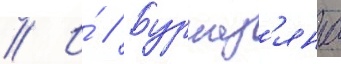
// И́ // Бурназ'яна